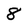
Character: 8